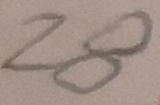
2 8